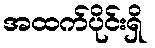
အထက်ပိုင်းရှိ